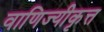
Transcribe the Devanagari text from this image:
वाणिज्यीकृत्त